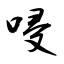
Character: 唚